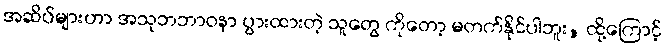
အဆိပ်များဟာ အသုဘဘာဝနာ ပွားထားတဲ့ သူတွေ ကိုတော့ မတက်နိုင်ပါဘူး, ထို့ကြောင့်